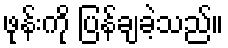
ဖုန်းကို ပြန်ချခဲ့သည်။